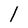
Character: l